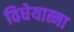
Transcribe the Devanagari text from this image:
विधेयात्मा